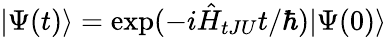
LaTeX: |\Psi(t)\rangle=\exp(-i\hat{H}_{tJU}t/\hbar)|\Psi(0)\rangle